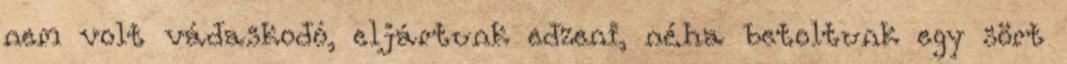
nem volt vádaskodó, eljártunk edzeni, néha betoltunk egy sört